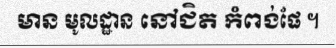
មាន មូលដ្ឋាន នៅជិត កំពង់ផែ ។